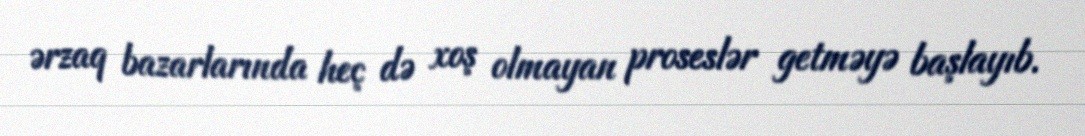
ərzaq bazarlarında heç də xoş olmayan proseslər getməyə başlayıb.